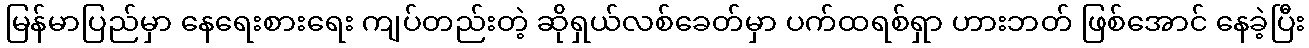
မြန်မာပြည်မှာ နေရေးစားရေး ကျပ်တည်းတဲ့ ဆိုရှယ်လစ်ခေတ်မှာ ပက်ထရစ်ရှာ ဟားဘတ် ဖြစ်အောင် နေခဲ့ပြီး